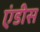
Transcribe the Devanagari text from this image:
एंडीस